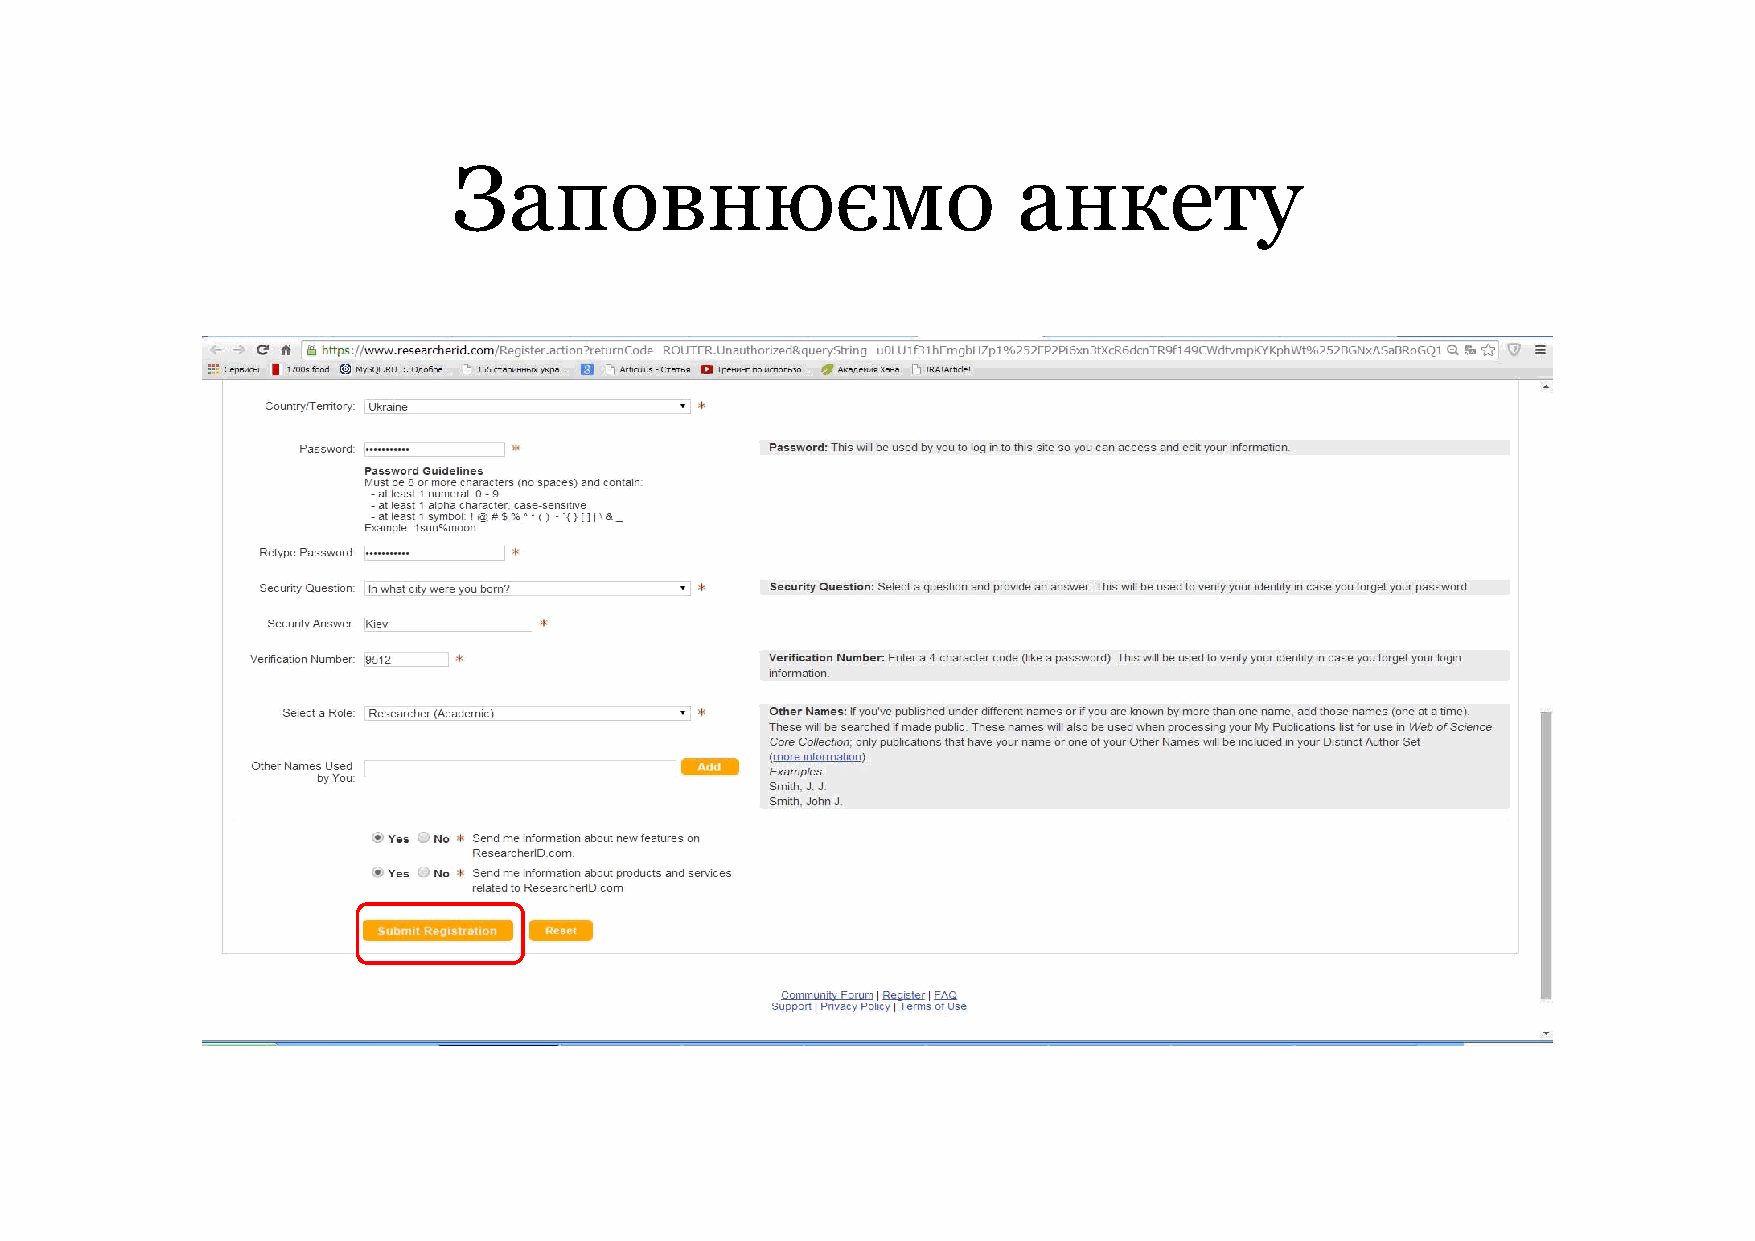
Заповнюємо                           анкету